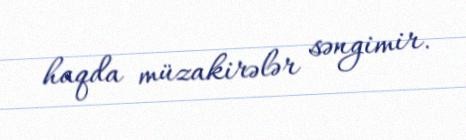
haqda müzakirələr səngimir.